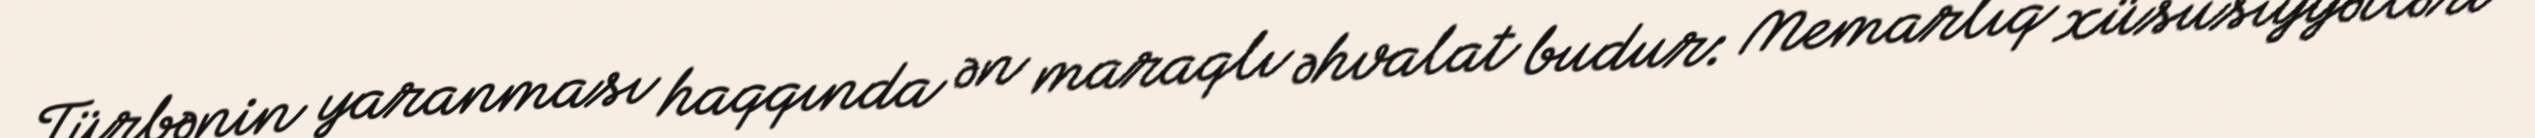
Türbənin yaranması haqqında ən maraqlı əhvalat budur: Memarlıq xüsusiyyətləri